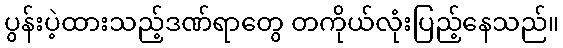
ပွန်းပဲ့ထားသည့်ဒဏ်ရာတွေ တကိုယ်လုံးပြည့်နေသည်။